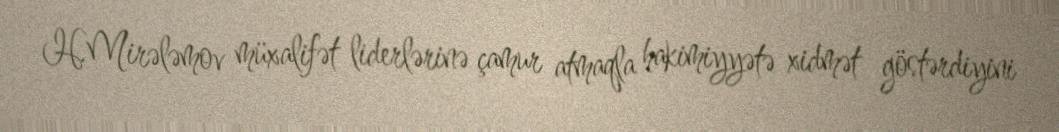
H.Mirələmov müxalifət liderlərinə çamur atmaqla hakimiyyətə xidmət göstərdiyini